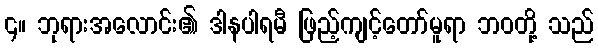
၄။ ဘုရားအလောင်း၏ ဒါနပါရမီ ဖြည့်ကျင့်တော်မူရာ ဘဝတို့ သည်